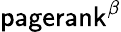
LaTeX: \mathsf{pagerank}^{\beta}